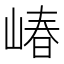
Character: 𱛸